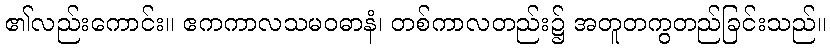
၏လည်းကောင်း။ ဧကကာလသမဝဓာနံ၊ တစ်ကာလတည်း၌ အတူတကွတည်ခြင်းသည်။